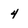
Character: 4